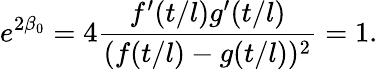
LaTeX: e^{2\beta_{0}}=4\frac{f^{\prime}(t/l)g^{\prime}(t/l)}{(f(t/l)-g(t/l))^{2}}=1.